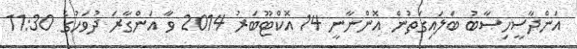
އަންދާސީހިސާބު ބަލައިގަތުން އޮންނާނީ 14 އޮކްޓޫބަރު 2014 ވާ އަންގާރަ ދުވަހުގެ 11:30